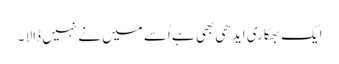
ایک بھکاری ایدھی بھی ہے اُسے میں نے نہیں ڈالا ۔